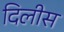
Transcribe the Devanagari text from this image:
दिलीस